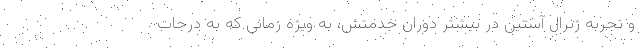
و تجربه ژنرال آستین در بیشتر دوران خدمتش، به ویژه زمانی که به درجات